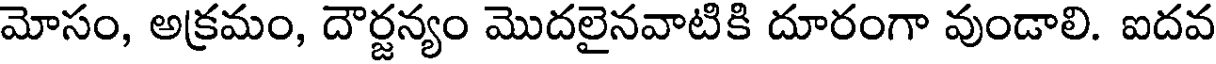
మోసం, అక్రమం, దౌర్జన్యం మొదలైనవాటికి దూరంగా వుండాలి. ఐదవ